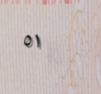
٥١